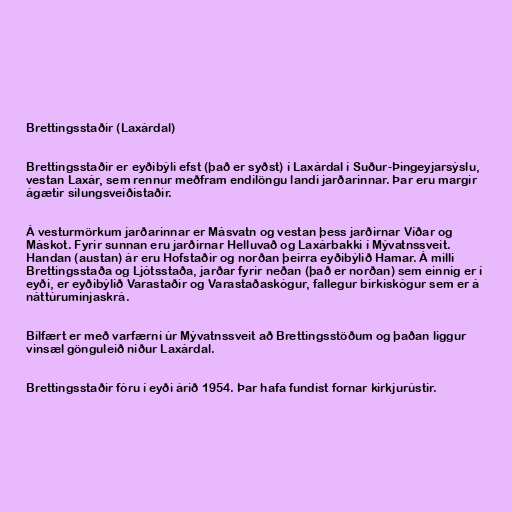
Brettingsstaðir (Laxárdal)

Brettingsstaðir er eyðibýli efst (það er syðst) í Laxárdal í Suður-Þingeyjarsýslu,
vestan Laxár, sem rennur meðfram endilöngu landi jarðarinnar. Þar eru margir
ágætir silungsveiðistaðir.

Á vesturmörkum jarðarinnar er Másvatn og vestan þess jarðirnar Víðar og
Máskot. Fyrir sunnan eru jarðirnar Helluvað og Laxárbakki í Mývatnssveit.
Handan (austan) ár eru Hofstaðir og norðan þeirra eyðibýlið Hamar. Á milli
Brettingsstaða og Ljótsstaða, jarðar fyrir neðan (það er norðan) sem einnig er í
eyði, er eyðibýlið Varastaðir og Varastaðaskógur, fallegur birkiskógur sem er á
náttúruminjaskrá.

Bílfært er með varfærni úr Mývatnssveit að Brettingsstöðum og þaðan liggur
vinsæl gönguleið niður Laxárdal.

Brettingsstaðir fóru í eyði árið 1954. Þar hafa fundist fornar kirkjurústir.